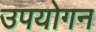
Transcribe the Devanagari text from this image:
उपयोगन